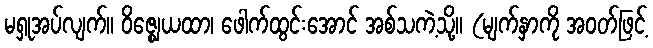
မရှုအပ်လျက်။ ဝိဇ္ဈေယထာ၊ ဖေါက်ထွင်းအောင် အစ်သကဲ့သို့။ (မျက်နှာကို အဝတ်ဖြင့်